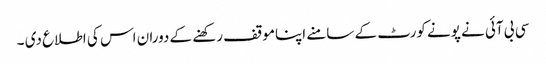
سی بی آئی نے پونے کورٹ کے سامنے اپناموقف رکھنے کے دوران اس کی اطلاع دی ۔